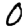
Digit: 0